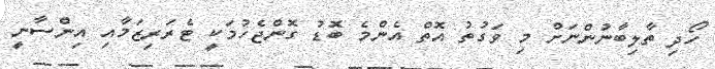
ހޯދި ތާލިބާނުންނަށް މި ވަގުތު އޮތް އެންމެ ބޮޑު ގޮންޖެހުމަކީ ޓެރަރިޒަމާއި އިންސާނީ